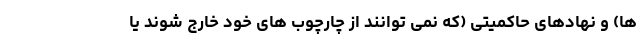
ها) و نهادهای حاکمیتی (که نمی توانند از چارچوب های خود خارج شوند یا